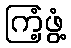
ကြံ့ဖွံ့